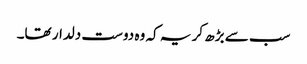
سب سے بڑھ کر یہ کہ وہ دوست دلدار تھا۔